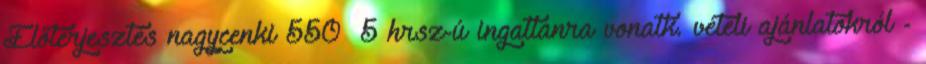
Előterjesztés nagycenki 550 5 hrsz-ú ingatlanra vonatk. vételi ajánlatokról -